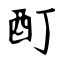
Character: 酊